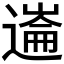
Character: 𰻏